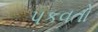
પકવતો